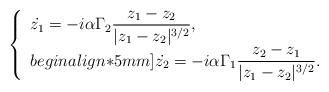
LaTeX: \begin{align*}\left\{\begin{array}{l}\displaystyle\dot{z_{1}}=-i\alpha \Gamma_{2}\frac{z_{1}-z_{2}}{|z_{1}-z_{2}|^{3/2}}, \\begin{align*}5mm]\displaystyle\dot{z_{2}}=-i\alpha \Gamma_{1}\frac{z_{2}-z_{1}}{|z_{1}-z_{2}|^{3/2}}.\end{array}\right.\end{align*}